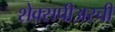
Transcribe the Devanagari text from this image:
शेक्सपीअरची